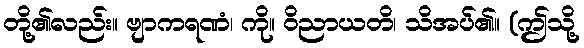
တို့၏လည်း။ ဗျာကရဏံ၊ ကို။ ဝိညာယတိ၊ သိအပ်၏။ (ဤသို့